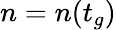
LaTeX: n=n(t_{g})